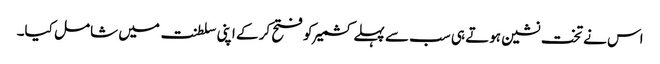
اس نے تخت نشین ہوتے ہی سب سے پہلے کشمیر کو فتح کر کے اپنی سلطنت میں شامل کیا۔